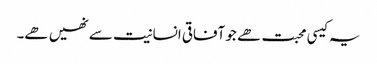
یہ کیسی محبت ھے جو آفاقی انسانیت سے نھیں ھے۔